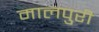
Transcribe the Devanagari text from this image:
मालपुरी